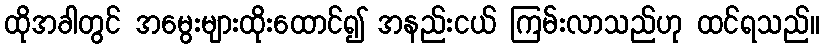
ထိုအခါတွင် အမွေးများထိုးထောင်၍ အနည်းငယ် ကြမ်းလာသည်ဟု ထင်ရသည်။